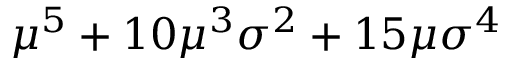
\mu ^ { 5 } + 1 0 \mu ^ { 3 } \sigma ^ { 2 } + 1 5 \mu \sigma ^ { 4 }